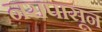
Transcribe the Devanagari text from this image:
नरापासून